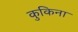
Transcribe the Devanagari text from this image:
कुकिना